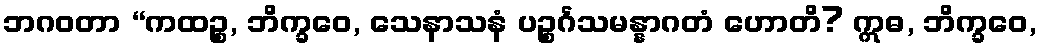
ဘဂဝတာ “ကထဉ္စ, ဘိက္ခဝေ, သေနာသနံ ပဉ္စင်္ဂသမန္နာဂတံ ဟောတိ? ဣဓ, ဘိက္ခဝေ,